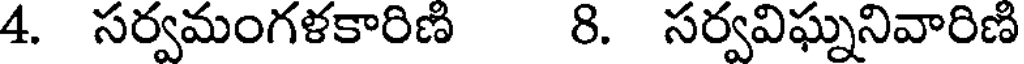
4. సర్వమంగళకారిణ 8. సర్వవిఘ్ననివారిణి